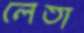
লেতা